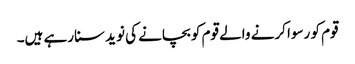
قوم کو رسوا کرنے والے قوم کو بچانے کی نوید سنارہے ہیں۔